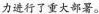
力进行了重大部署。